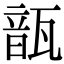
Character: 𩐛